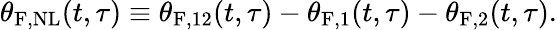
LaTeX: \theta_{\mathrm{F,NL}}(t,\tau)\equiv\theta_{\mathrm{F},12}(t,\tau)-\theta_{\mathrm{F},1}(t,\tau)-\theta_{\mathrm{F},2}(t,\tau).